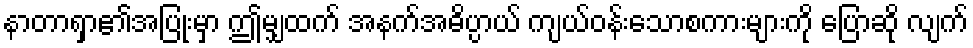
နာတာရှာ၏အပြုံးမှာ ဤမျှထက် အနက်အဓိပ္ပာယ် ကျယ်ဝန်းသောစကားများကို ပြောဆို လျက်